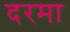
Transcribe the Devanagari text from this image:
दरमा